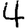
Digit: 4